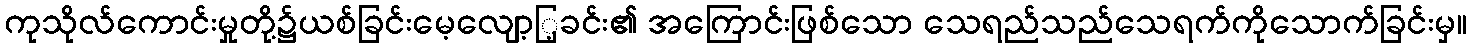
ကုသိုလ်ကောင်းမှုတို့၌ယစ်ခြင်းမေ့လျော့ြ့ခင်း၏ အကြောင်းဖြစ်သော သေရည်သည်သေရက်ကိုသောက်ခြင်းမှ။